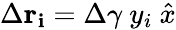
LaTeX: \Delta\mathbf{r_{i}}=\Delta\gamma\ y_{i}\ \hat{x}